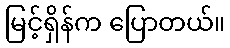
မြင့်ရှိန်က ပြောတယ်။